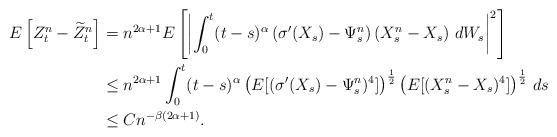
LaTeX: \begin{align*} E\left[Z^n_t- \widetilde{Z}^n_t \right] & =n^{2\alpha+1}E \left[ \left| \int^t_0 (t-s)^{\alpha} \left(\sigma'(X_s)-\Psi^n_s\right)\left(X^n_{s} -X_s\right)\, dW_s\right|^2 \right]\\&\leq n^{2\alpha+1} \int^t_0 (t-s)^{\alpha} \left(E[(\sigma'(X_s)-\Psi^n_s)^4]\right)^{\frac12}\left(E[(X^n_{s} -X_s)^4]\right)^{\frac 12}\, ds\\&\leq C n^{-\beta(2\alpha+1)}.\end{align*}